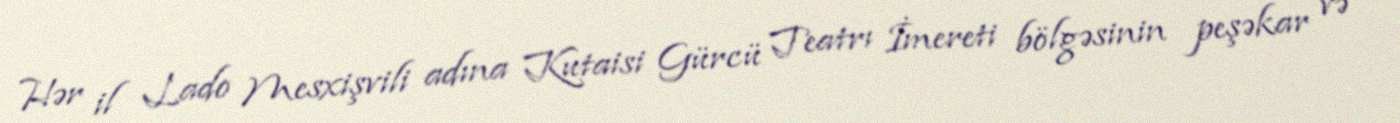
Hər il Lado Mesxişvili adına Kutaisi Gürcü Teatrı İmereti bölgəsinin peşəkar və